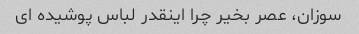
سوزان، عصر بخیر چرا اینقدر لباس پوشیده ای